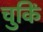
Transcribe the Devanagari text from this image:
चुकिं